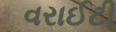
વરાઈટી